65_HS1-834228961_62-HQ-83894_Section_10
Agency: FBI
Page 54
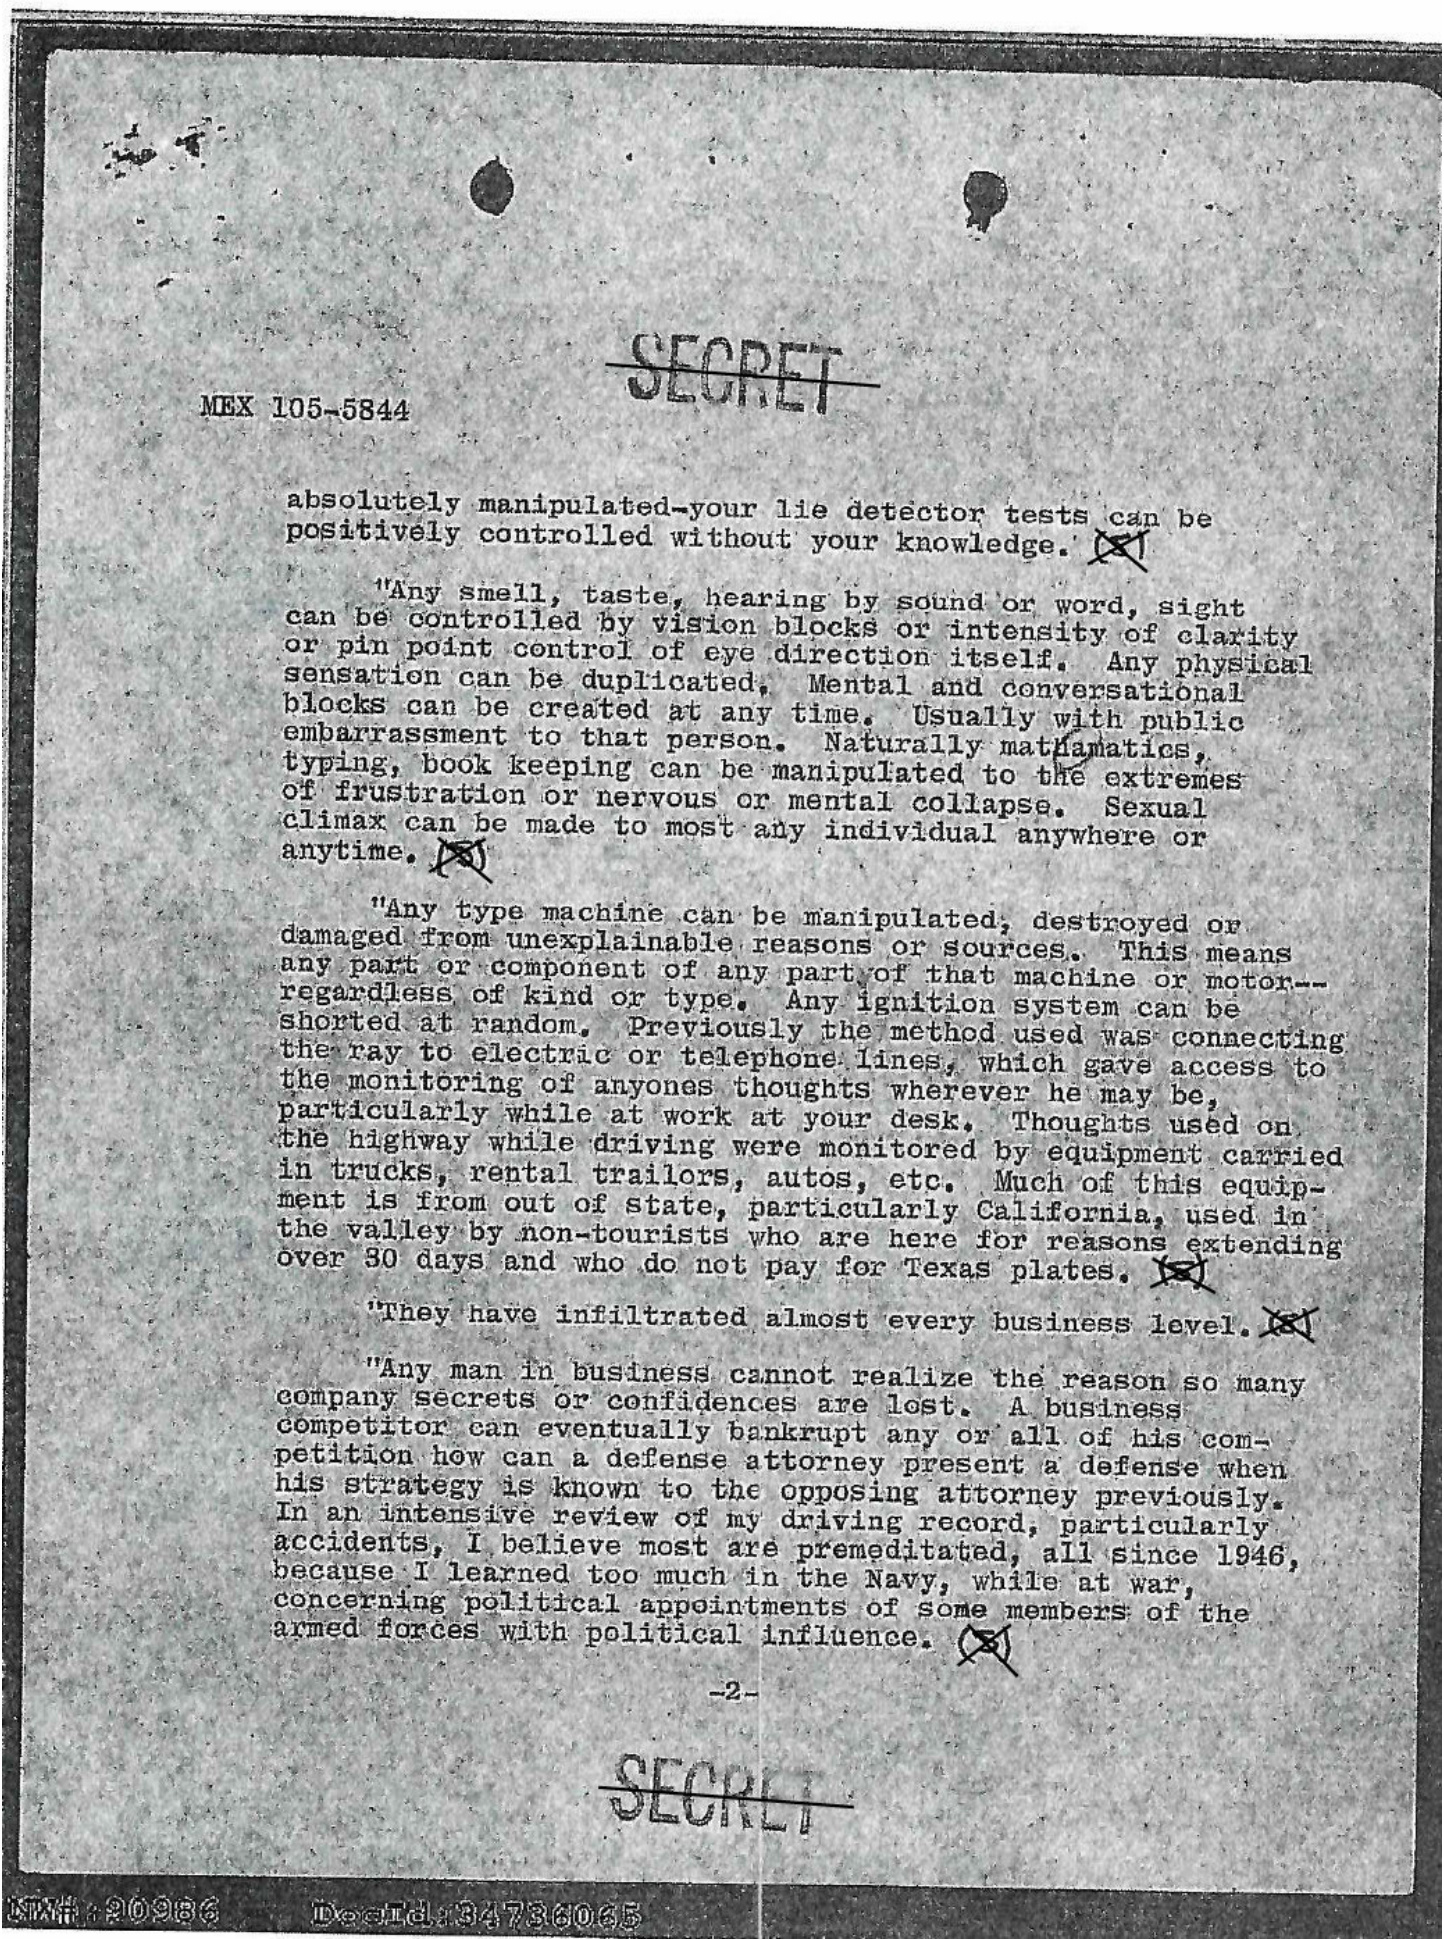